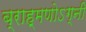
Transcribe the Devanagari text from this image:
ब्राह्मणोऽग्नी